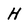
Character: H